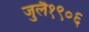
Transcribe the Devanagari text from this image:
जुलै१९०६